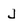
Character: j